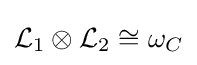
{\mathcal {L}}_{1}\otimes {\mathcal {L}}_{2}\cong \omega _{C}